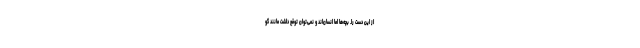
از این دست را. بچه‌ها اما انسان‌اند و نمی‌توان توقع داشت مانند گو